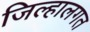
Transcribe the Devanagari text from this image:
जिल्हालगत